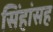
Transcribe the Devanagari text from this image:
सिंहांसह